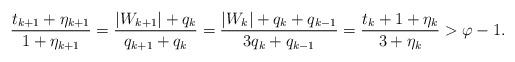
LaTeX: \begin{align*}\frac{t_{k+1}+\eta_{k+1}}{1+\eta_{k+1}} = \frac{|W_{k+1}|+q_{k}}{q_{k+1}+q_{k}} = \frac{|W_{k}|+q_{k}+q_{k-1}}{3q_{k}+q_{k-1}} = \frac{t_k+1+\eta_k}{3+\eta_k} > \varphi -1 .\end{align*}